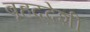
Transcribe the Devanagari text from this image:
बृहद्‌देशी